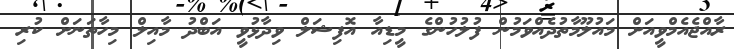
ރާއްޖެއެމްވީއަށް މައުލޫމާތުދެއްވަމުން ފުލުހުންގެ މީޑިއާ އޮފިޝަލް ވިދާޅުވީ އަބްދު މާއިލް މިހާތަނަށް ކުރި